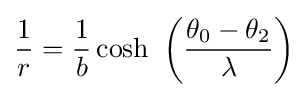
{\frac {1}{r}}={\frac {1}{b}}\cosh \ \left({\frac {\theta _{0}-\theta _{2}}{\lambda }}\right)